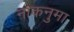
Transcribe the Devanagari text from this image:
नाकनुमा